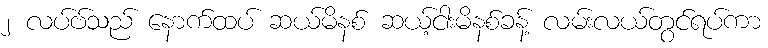
၂ လပ်ဗ်သည် နောက်ထပ် ဆယ်မိနစ် ဆယ့်ငါးမိနစ်ခန့် လမ်းလယ်တွင်ရပ်ကာ